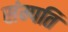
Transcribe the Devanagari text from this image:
संम्पति